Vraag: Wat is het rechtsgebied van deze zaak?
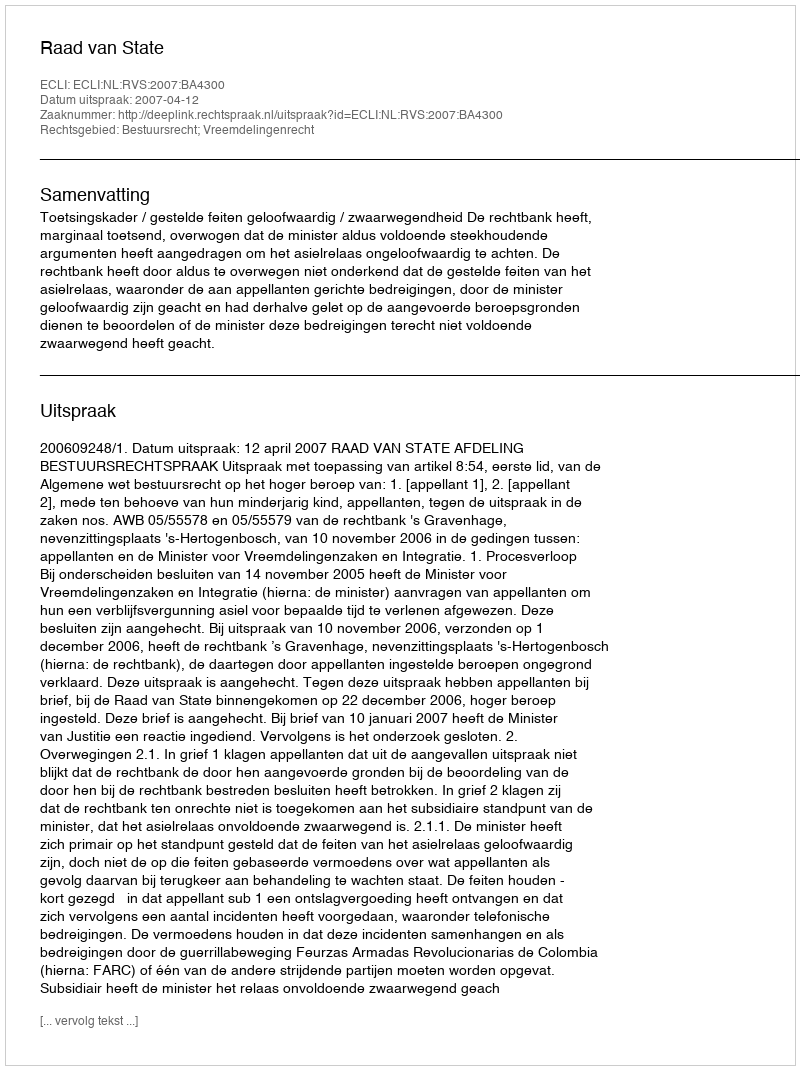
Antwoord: Bestuursrecht; Vreemdelingenrecht